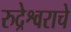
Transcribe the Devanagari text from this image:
रुद्रेश्वराचे